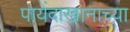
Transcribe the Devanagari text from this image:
पायेंदाखानाच्या